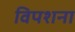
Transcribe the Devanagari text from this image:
विपशना